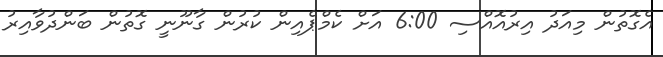
އެގޮތުން މިއަދު އިރުއޮއްސި 6:00 އަށް ކެމްޕެއިން ކުރުން ގާނޫނީ ގޮތުން ބަންދުވާއިރު